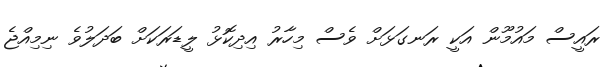
ރައީސް މައުމޫން އަކީ ރަނގަޅަށް ވެސް މިހާރު އިދިކޮޅު ލީޑަރަކަށް ބަދަލުވެ ނިމިއްޖެ